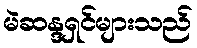
မဲဆန္ဒရှင်များသည်